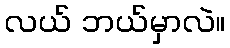
လယ် ဘယ်မှာလဲ။